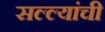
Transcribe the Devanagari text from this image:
सल्ल्यांची